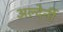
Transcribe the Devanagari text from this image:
अल्देर्नी